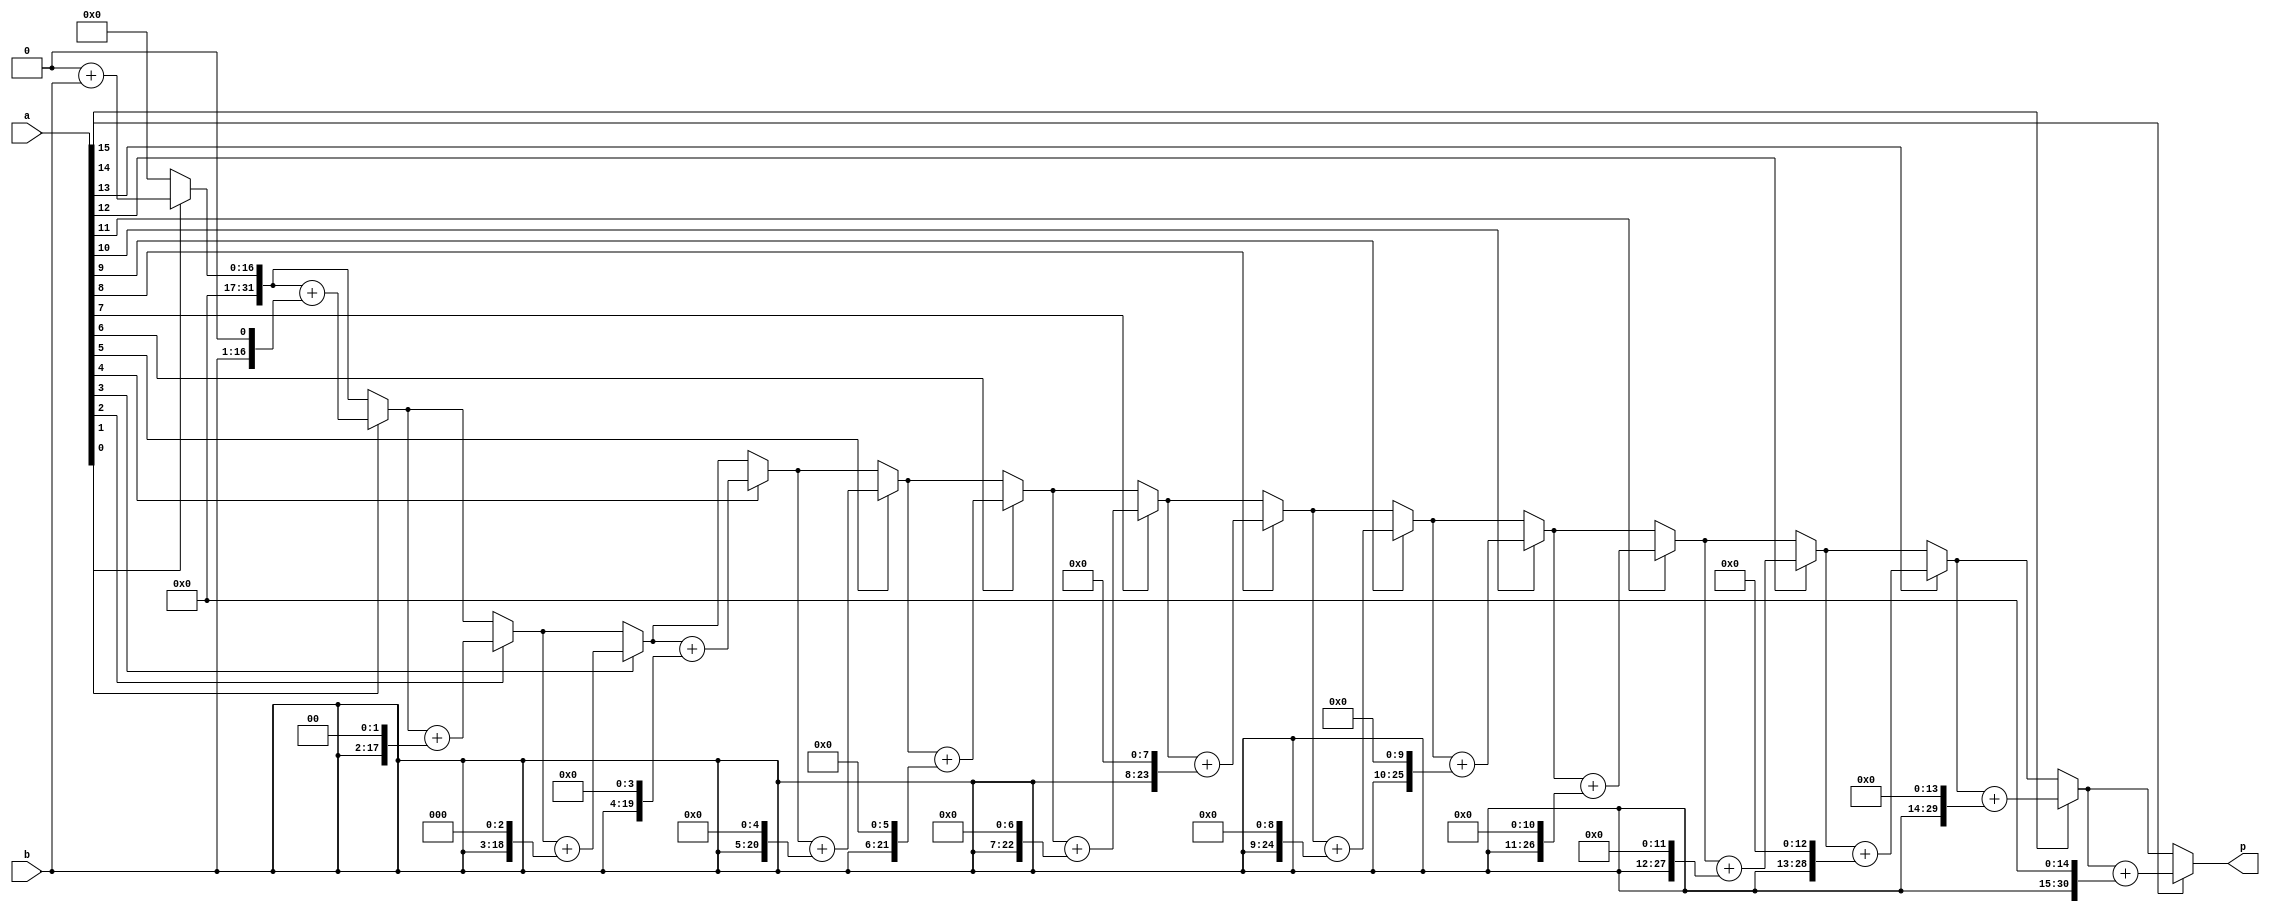
module Multiply16(input [15:0] a, b, output reg [31:0] p);
	integer x;

	always @(a or b)
	begin
		p = 0;
		
		for (x = 0; x < 16; x = x + 1)
			if ( a[x] == 1'b1 ) 
				p = p + (b << x);
	end
endmodule

module testbench();

//Testing Multiplier

  reg [15:0] a, b;
  wire [31:0] p;

  Multiply16 mult(a, b, p);

  initial begin 
    a = 0; b = 0; 
    #250  a=16'b0000010001110101;b=16'b0101100101110110;
    #250  a=16'b0111010001110101;b=16'b0101100110010110;
    #250  a=16'b1111010001110101;b=16'b1101100110010110;
  end

  initial begin
    $display("        A                          B                               MULT    ");
    $monitor(" %b          %b          %b         ", a, b, p);
  end


endmodule